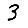
Digit: 3